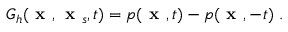
G _ { h } ( \textbf { x } , \textbf { x } _ { s } , t ) = p ( \textbf { x } , t ) - p ( \textbf { x } , - t ) \; .